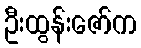
ဦးထွန်းဇော်က